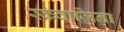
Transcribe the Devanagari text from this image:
स्कवाज़िना